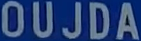
OUJDA